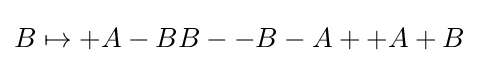
B\mapsto +A-BB--B-A++A+B